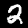
Label: 2